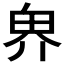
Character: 𪽐